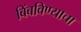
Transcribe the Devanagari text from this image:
बिंबविण्याचा